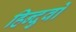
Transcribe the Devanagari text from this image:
हिन्दुवों